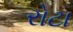
રોટા